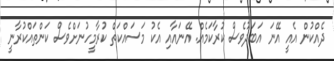
ދެއްކުން އެއީ އޭނަ އަބަދުވެސް ކުރާކަމެއް. އޭނައާއި އެކު މަސައްކަތް ކުރާމީހުނަށްވެސް ކަންތައްކުރާނީ